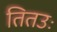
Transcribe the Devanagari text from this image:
तितउः